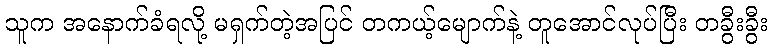
သူက အနောက်ခံရလို့ မရှက်တဲ့အပြင် တကယ့်မျောက်နဲ့ တူအောင်လုပ်ပြီး တခွီးခွီး